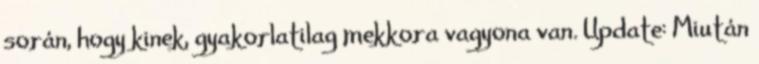
során, hogy kinek, gyakorlatilag mekkora vagyona van. Update: Miután